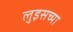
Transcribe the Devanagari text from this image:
लुइसच्या